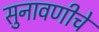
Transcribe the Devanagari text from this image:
सुनावणीचे